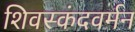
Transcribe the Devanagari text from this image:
शिवस्कंदवर्मन